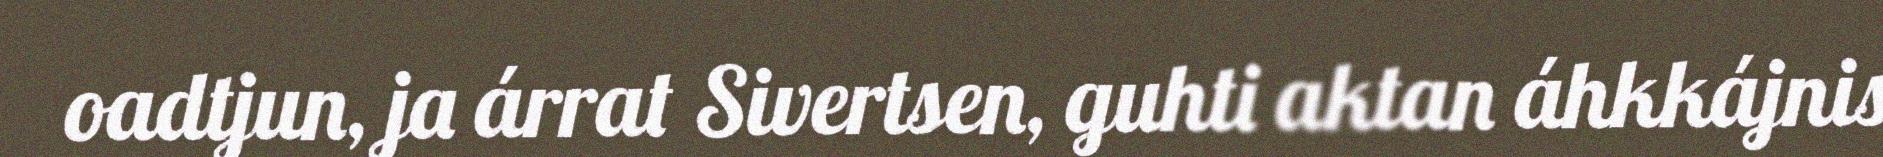
oadtjun, ja árrat Sivertsen, guhti aktan áhkkájnis